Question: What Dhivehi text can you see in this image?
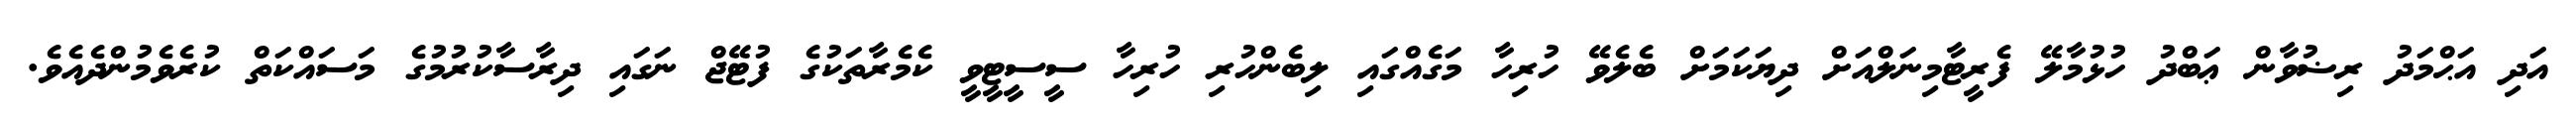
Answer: އަދި އަޙްމަދު ރިޟުވާން ޢަބްދު ހުޅުމާލޭ ފެރީޓާމިނަލްއަށް ދިޔަކަމަށް ބެލެވޭ ހުރިހާ މަގެއްގައި ލިބެންހުރި ހުރިހާ ސީސީޓީވީ ކެމެރާތަކުގެ ފުޓޭޖް ނަގައި ދިރާސާކުރުމުގެ މަސައްކަތް ކުރެވެމުންދެއެވެ.